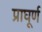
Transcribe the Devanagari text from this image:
प्राघूर्ण